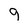
Character: 9